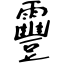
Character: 靊